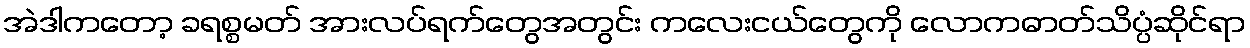
အဲဒါကတော့ ခရစ္စမတ် အားလပ်ရက်တွေအတွင်း ကလေးငယ်တွေကို လောကဓာတ်သိပ္ပံဆိုင်ရာ